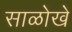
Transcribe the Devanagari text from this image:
साळोखे